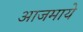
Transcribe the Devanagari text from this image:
आजमाये